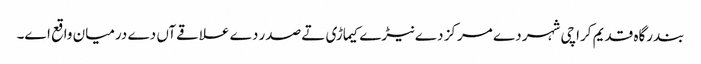
بندرگاہ قدیم کراچی شہر دے مرکز دے نیڑے کیماڑی تے صدر دے علاقےآں دے درمیان واقع ا‏‏ے۔